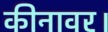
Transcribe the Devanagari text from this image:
कीनावर।